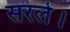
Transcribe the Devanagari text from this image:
सरले।